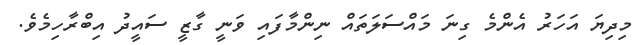
މިދިޔަ އަހަރު އެންމެ ގިނަ މައްސަލަތައް ނިންމާފައި ވަނީ ގާޒީ ސައީދު އިބްރާހިމެވެ.